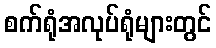
စက်ရုံအလုပ်ရုံများတွင်